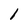
Character: 1